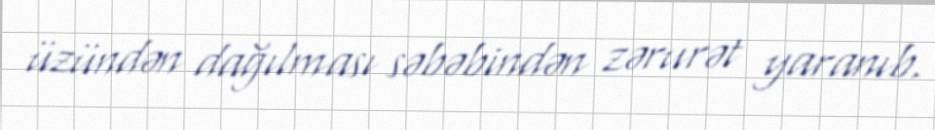
üzündən dağılması səbəbindən zərurət yaranıb.